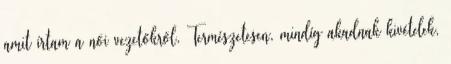
amit írtam a női vezetőkről. Természetesen, mindíg akadnak kivételek,